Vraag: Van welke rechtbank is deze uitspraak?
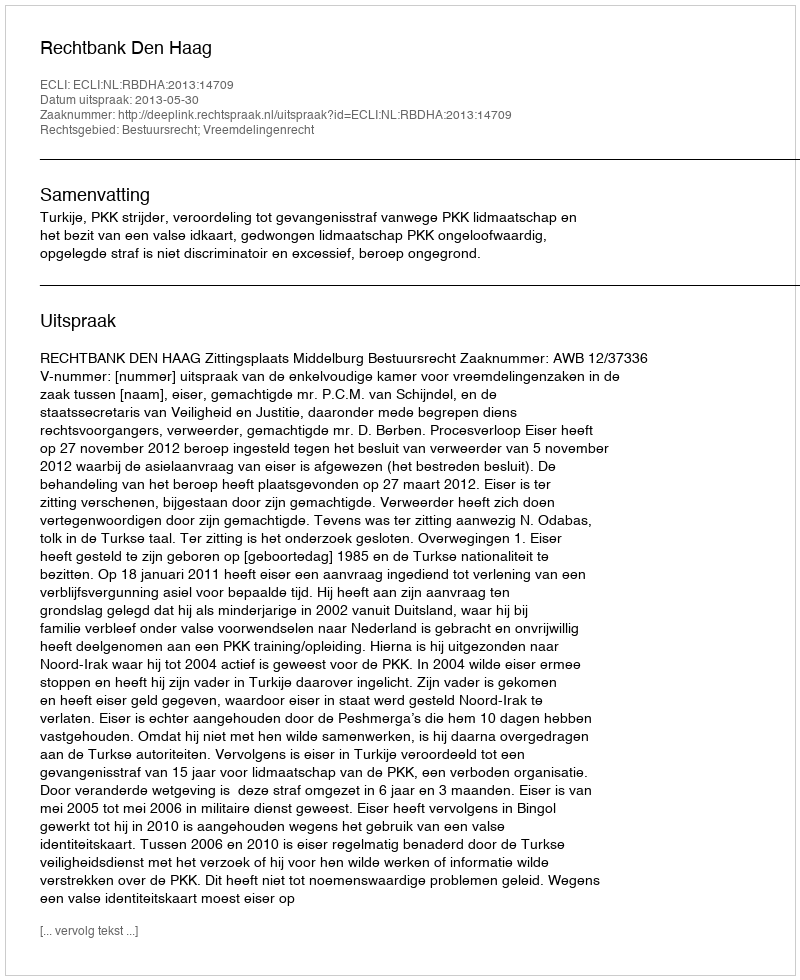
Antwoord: Rechtbank Den Haag